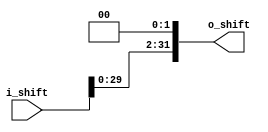
`timescale 1ns/1ps

//Generacion de puertos I/O
module shiftLeft(
	input [31:0] i_shift,
	output reg [31:0] o_shift
);

always @(*)
	begin
		o_shift=i_shift<<2;
	end

endmodule